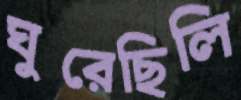
ঘুরেছিলি